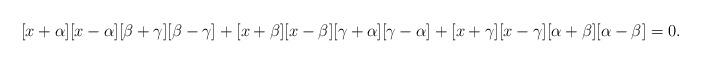
LaTeX: \begin{align*}[x+\alpha][x-\alpha][\beta+\gamma][\beta-\gamma]+[x+\beta][x-\beta][\gamma+\alpha][\gamma-\alpha]+[x+\gamma][x-\gamma][\alpha+\beta][\alpha-\beta]=0. \end{align*}